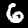
Label: 6